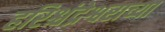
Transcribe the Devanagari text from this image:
हरिश्चंद्रेश्वराच्या